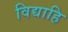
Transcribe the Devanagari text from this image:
विद्याहि